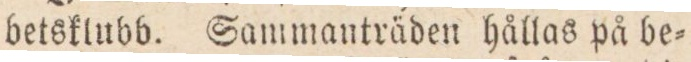
betsklubb. Sammanträden hållas på be=